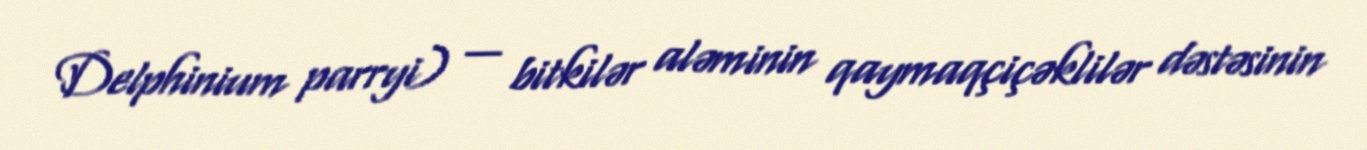
Delphinium parryi) — bitkilər aləminin qaymaqçiçəklilər dəstəsinin